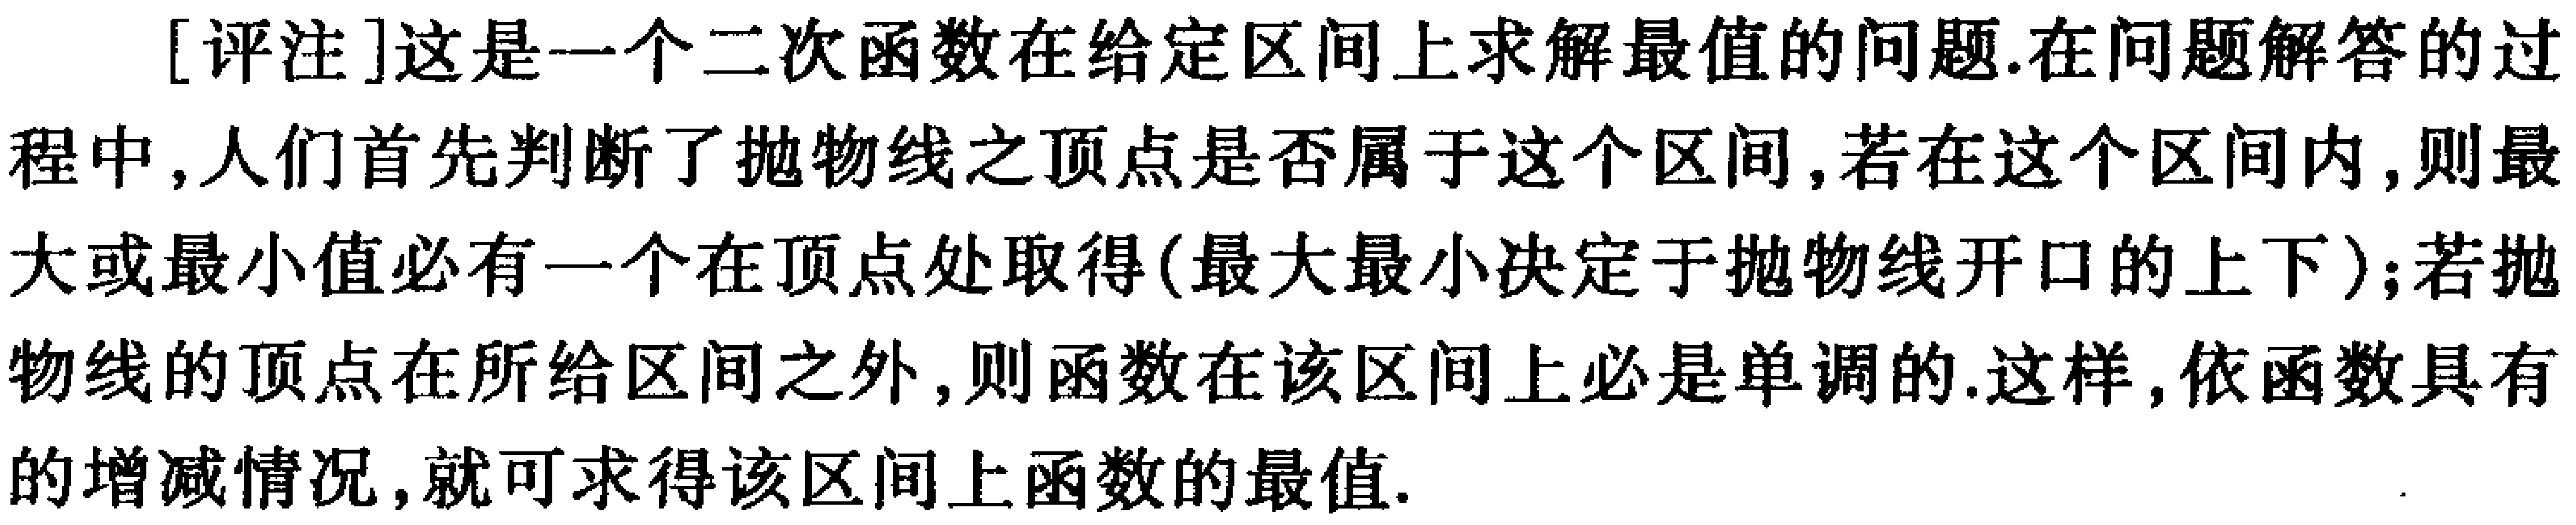
[评注]这是一个二次函数在给定区间上求解最值的问题.在问题解答的过程中, 人们首先判断了抛物线之顶点是否属于这个区间, 若在这个区间内, 则最大或最小值必有一个在顶点处取得(最大最小决定于抛物线开口的上下); 若抛物线的顶点在所给区间之外, 则函数在该区间上必是单调的.这样, 依函数具有的增减情况, 就可求得该区间上函数的最值.